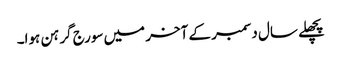
پچھلے سال دسمبر کے آخر میں سورج گرہن ہوا۔